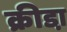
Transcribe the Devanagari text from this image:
क्रीडा़